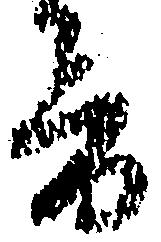
音